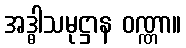
အဒ္ဓါသမုဋ္ဌာန ဝဏ္ဏာ။